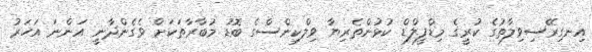
އިނގިރޭސިވިލާތުގެ ކުރީގެ މިޑްފީލްޑް ކުޅުންތެރިޔާ ވިލްކިންސްގެ ބޮޑު މުބާރާތަކަށް ވެގެންދާނީ އަންނަަ އަހަރު